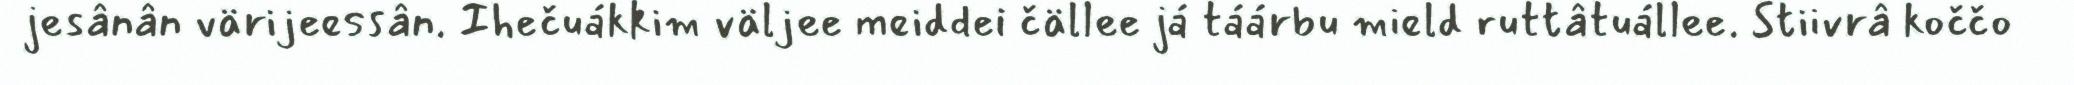
jesânân värijeessân. Ihečuákkim väljee meiddei čällee já táárbu mield ruttâtuállee. Stiivrâ koččo